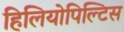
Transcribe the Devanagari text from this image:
हिलियोपिल्टिस